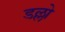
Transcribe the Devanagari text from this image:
डल्लो